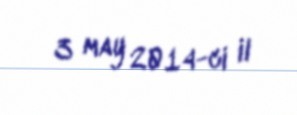
3 may 2014-ci il